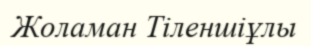
Жоламан Тіленшіұлы